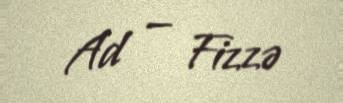
Ad — Fizzə